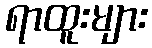
ရာထူးများ